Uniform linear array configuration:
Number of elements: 12
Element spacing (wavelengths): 1
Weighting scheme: blackman
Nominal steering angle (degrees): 45
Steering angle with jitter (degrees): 46.396
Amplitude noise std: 0.05
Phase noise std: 0.05

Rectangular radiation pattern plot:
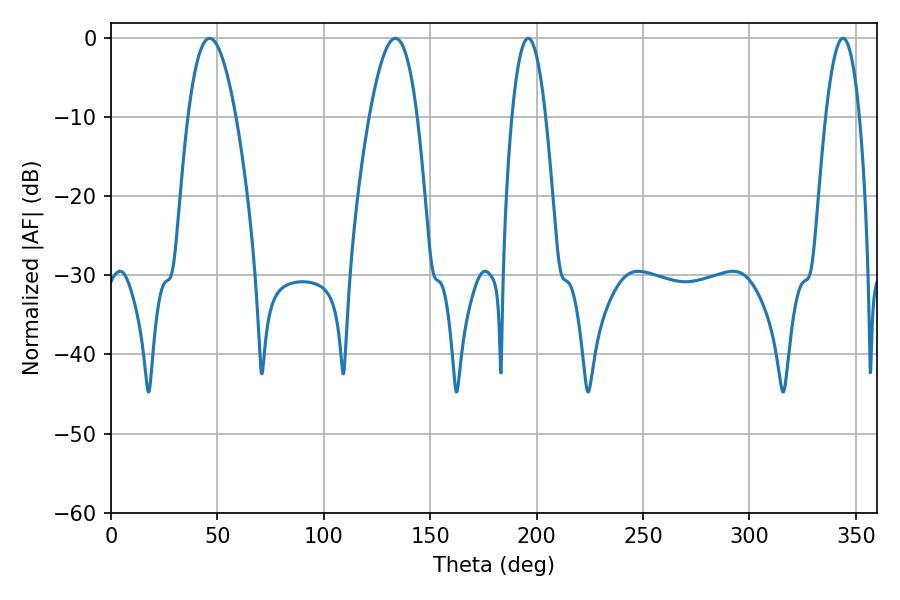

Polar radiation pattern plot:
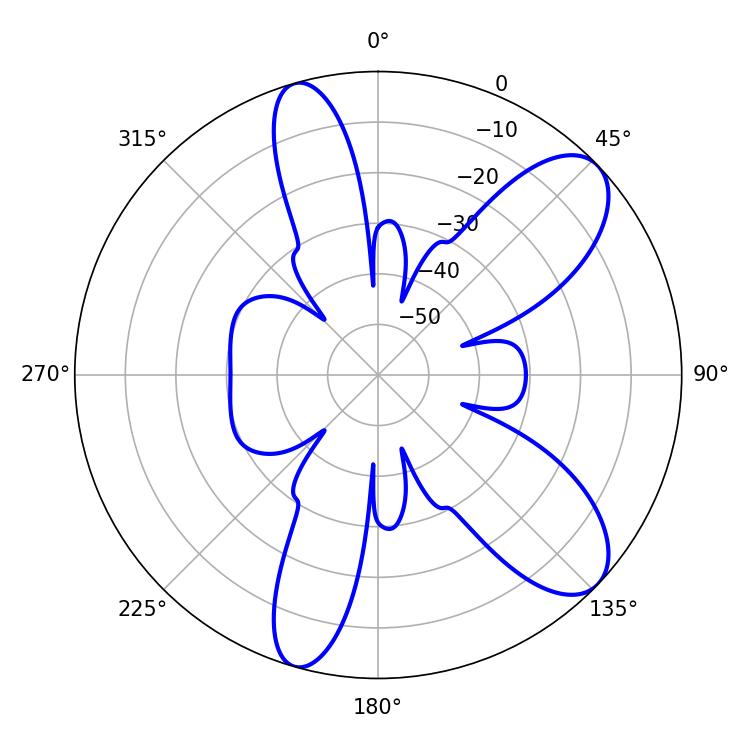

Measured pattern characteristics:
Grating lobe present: TRUE
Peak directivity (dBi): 9.116
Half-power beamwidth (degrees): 8.82
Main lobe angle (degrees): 196.02